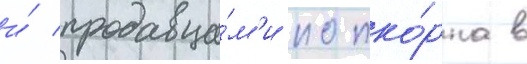
и́ продавца́м'и попко́рна в